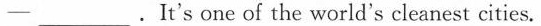
-___.It's one of the world's cleanest cities.